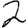
Digit: 2